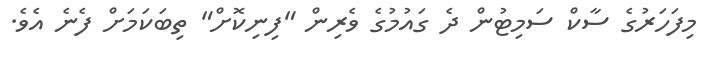
މިފަހަރުގެ ސާކް ސަމިޓުން ދެ ގައުމުގެ ވެރިން "ފިނިކޮށް" ތިބަކަމަށް ފެނެ އެވެ.